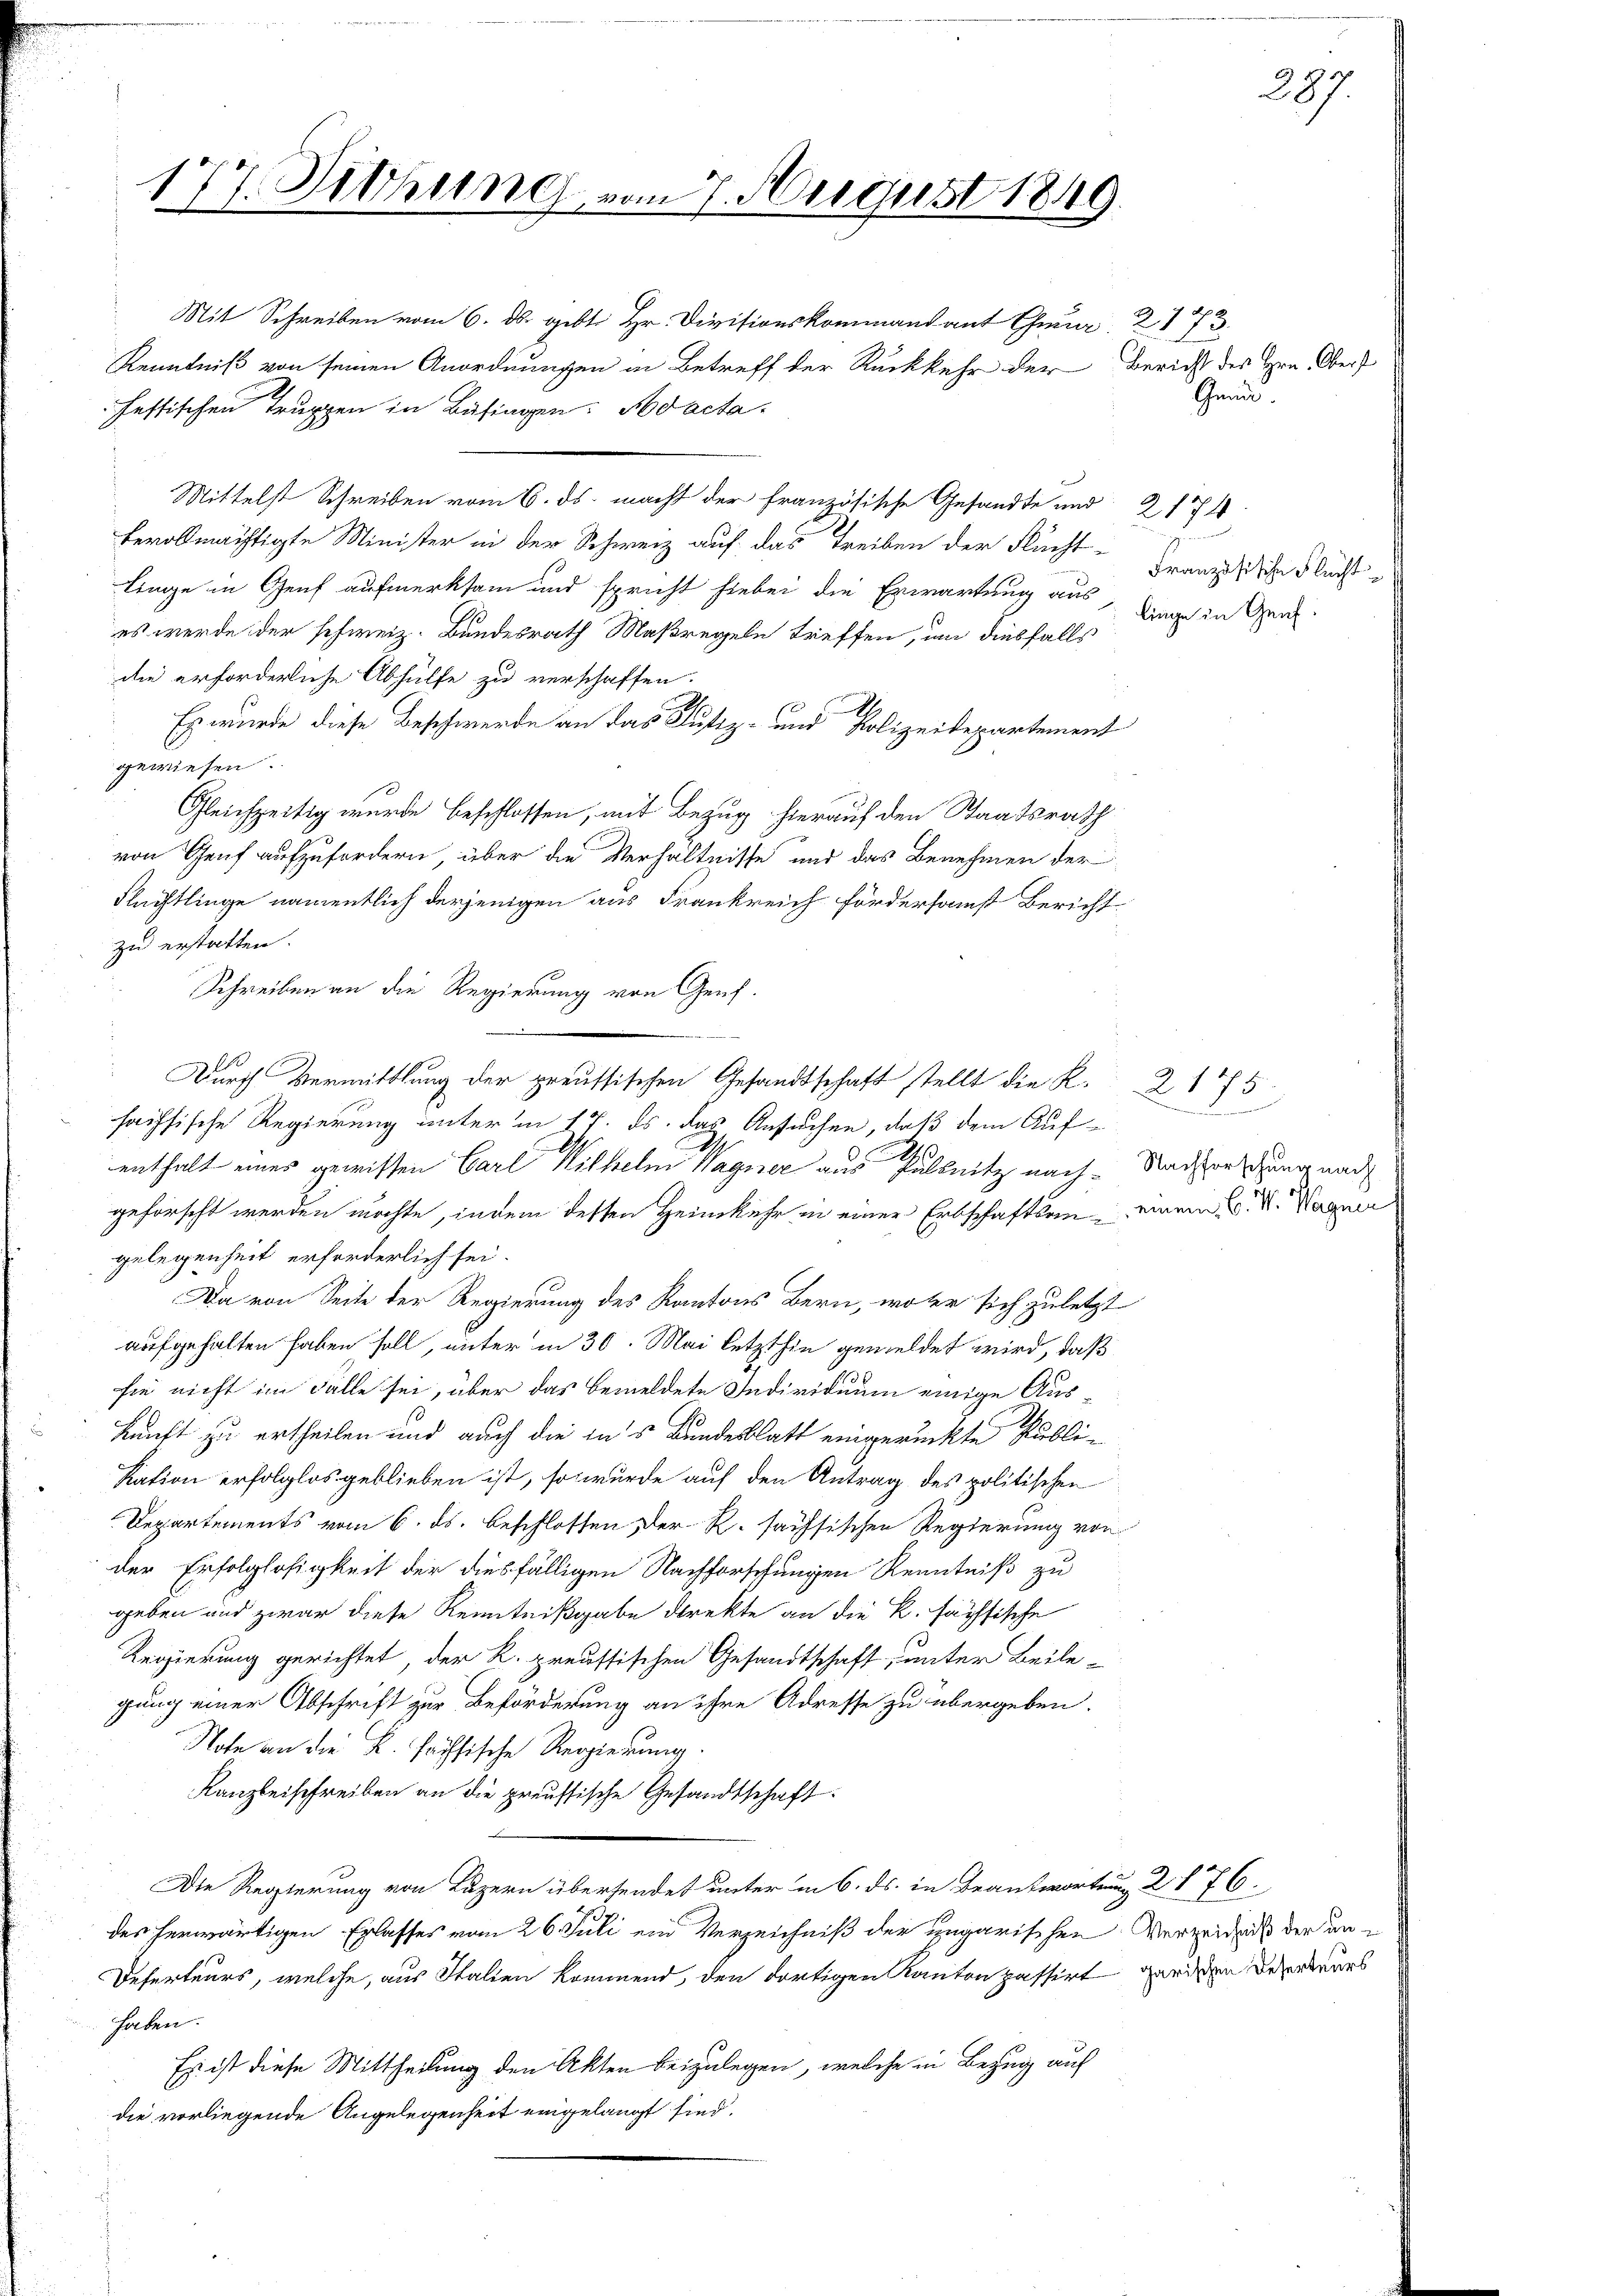
177. Dithung vom 7. August 1849

Mit Schreiben vom 6. ds. gibt Hr. Divisionskommandant C. 2173.
Kenntniß von seinen Anordnungen in Betreff der Rückkehr der Bericht des Hrn. Obers
festischen Truppen in Betragen: No acta.
Mittelst Schreiben vom 6. ds. macht der französische Gesandte und 2174
bevollmächtigte Minister in der Schweiz auf das Treiben der Flucht-
linge in Genf aufmerksam und spricht hiebei die Erwartung aus
es werde der schweiz. Bundesrath Maßregeln treffen, um diesfalls
die erforderliche Abhülfe zu verschaffen.
Es wurde diese Beschwerde an das Justiz- und Polizeidepartement
gewiesen.
x
Gleichzeitig wurde beschlossen, mit Bezug hierauf den Staatsrath
von Genf aufzufordern, über die Verhältnisse und das Benehmen der
Flüchtlinge namentlich derjenigen aus Frankreich fördersamst Bericht
zu erstatten.
Schreiben an die Regierung von Genf.
l
 Durch Vermittlung der preussischen Gesandtschaft stellt die K.
saisische Regierung unter in 17. ds. das Ansuchen, daß dem Auf-
E
enthalt eines gewissen Carl Wilhelm Wagner aus Pullnitz nachgeforscht werden möchte, indem desten Heimkehr in einer Erbschaften einem L. V. Wagner
gelegenheit erforderlich sei.
Da von Seite der Regierung des Kantons Bern, woher sich zuletzt
aufgehalten haben soll, unter in 30. Mai letzthin gemeldet wird, daß
sie nicht im Falle sei, über das bemeldete Individuum einige Auskunft zu ertheilen und auch die in’s Bundesblatt eingerückte Publi-
kation erfolglos geblieben ist, so wurde auf den Antrag des politischen
Departements vom 6. ds. beschlossen Der R. sachsischen Regierung von
der Erfolglosigkeit der diesfälligen Nachforschungen Kenntniß zu
geben und zwar diese Kenntnißgabe direkte an die K. sächsische
Regierung gerichtet, der K. preussischen Gesandtschaft, unter Beile-
gung einer Abschrift zur Beförderung an ihre Adresse zu übergeben.
Note an die K. fachsische Regierung.
Kanzleischreiben an die preussische Gesandtschaft
Die Regierung von Luzern übersendet unter in 6. ds. in Beantwortung 2 § 76.
des herwärtigen Erlasses vom 26. Juli ein Verzeichniß der ungarischen Verzeigens der un¬
Deferteurs, welche, aus Italien kommend, den dortigen Kanton passirt werden Besordners
haben.
Es ist diese Mittheilung den Akten beizulegen, welche in Bezug auf
die vorliegende Angelegenheit ergelangt sind.

Gmun.

Französische Fluchtlinge in Genf.

287.

e
Nachforschung nach

2175